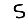
Digit: 5